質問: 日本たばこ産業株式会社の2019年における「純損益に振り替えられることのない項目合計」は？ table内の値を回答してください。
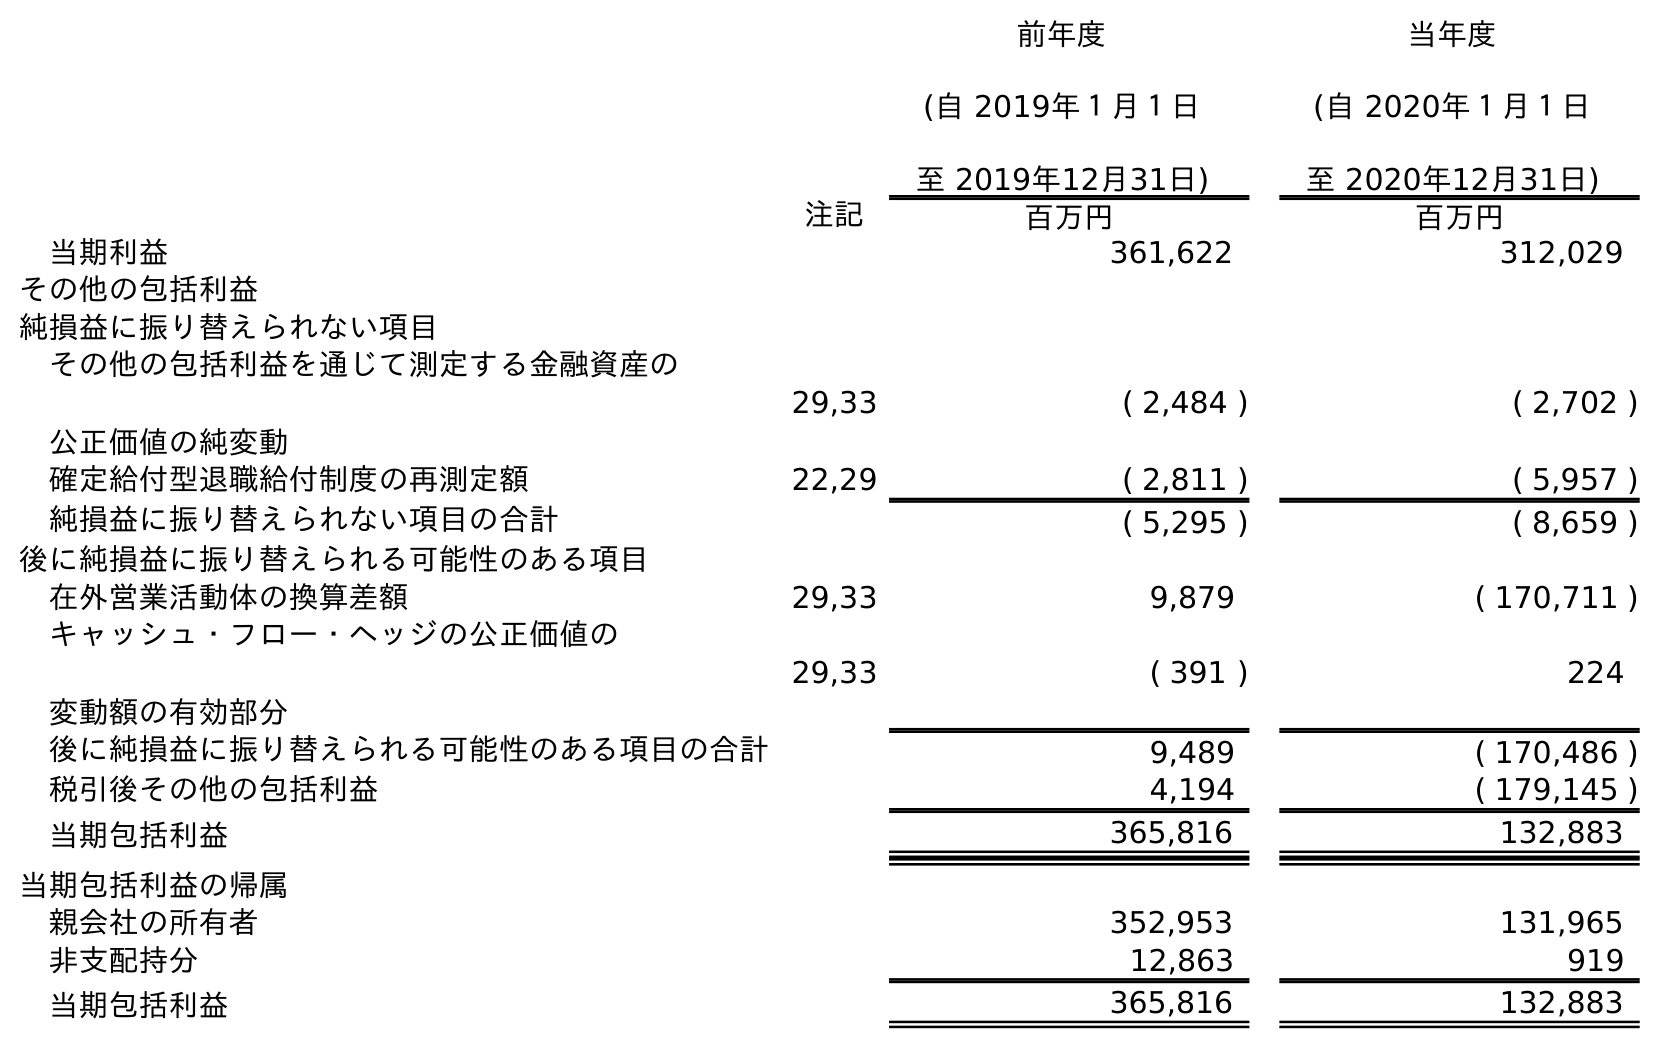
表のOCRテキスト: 前年度 (自 2019年１月１日 至 2019年12月31日) 当年度 (自 2020年１月１日 至 2020年12月31日) 注記 百万円 百万円 当期利益 361,622 312,029 その他の包括利益 純損益に振り替えられない項目 その他の包括利益を通じて測定する金融資産の 公正価値の純変動 29,33 ( 2,484 ) ( 2,702 ) 確定給付型退職給付制度の再測定額 22,29 ( 2,811 ) ( 5,957 ) 純損益に振り替えられない項目の合計 ( 5,295 ) ( 8,659 ) 後に純損益に振り替えられる可能性のある項目 在外営業活動体の換算差額 29,33 9,879 ( 170,711 ) キャッシュ・フロー・ヘッジの公正価値の 変動額の有効部分 29,33 ( 391 ) 224 後に純損益に振り替えられる可能性のある項目の合計 9,489 ( 170,486 ) 税引後その他の包括利益 4,194 ( 179,145 ) 当期包括利益 365,816 132,883 当期包括利益の帰属 親会社の所有者 352,953 131,965 非支配持分 12,863 919 当期包括利益 365,816 132,883
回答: (5,295)